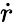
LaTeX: \dot{r}